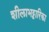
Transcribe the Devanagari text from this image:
शीलाभट्टारिका